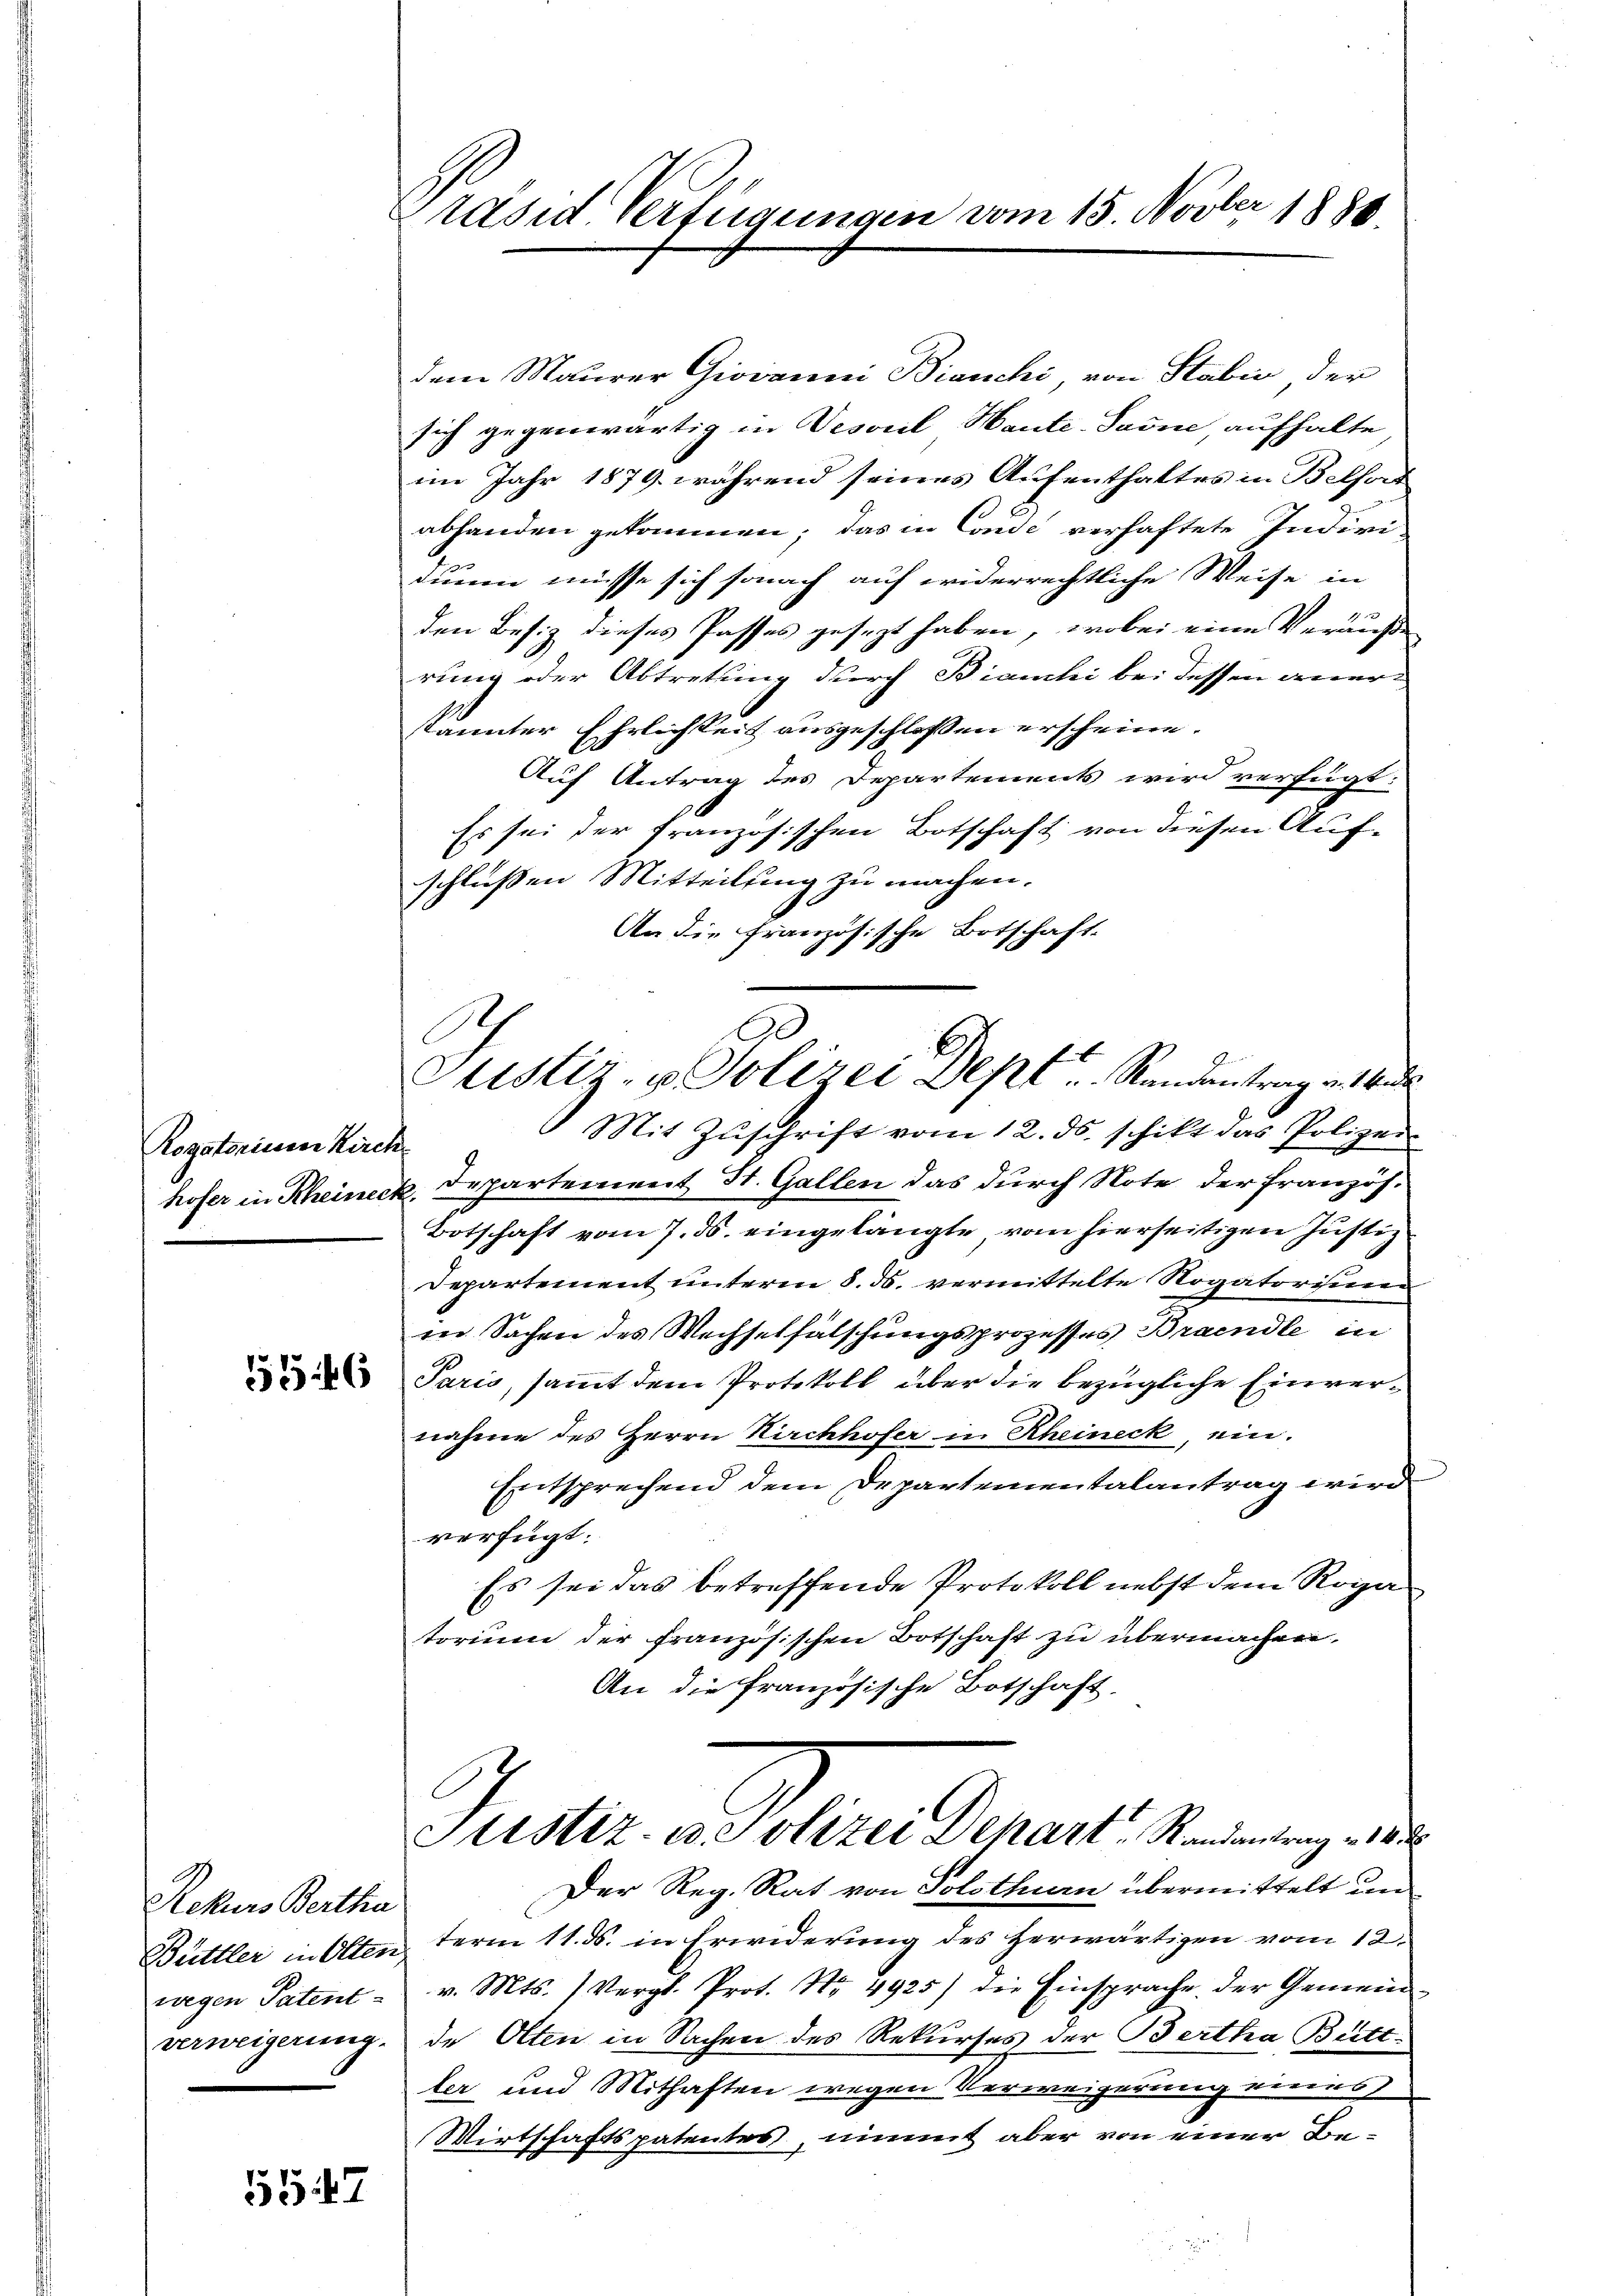
Rogatorissen Kirche
hofer in Rheineck.

Rekurs Bertha
wegen Patent-
verweigerung.

5

Präsid. Verfügungen vom 15. Novber 1886.

dem Maurer Giovanni Bianchi, von Stabić der
sich gegenwärtig in Desvril-Haute-Saine, aufhalte
im Jahr 1879 während seines Aufenthaltes in Belford
abhanden gekommen; das in Conde verhaftete Indivi-
duum müsse sich sonach auf widerrechtliche Weise in
4
den Besiz dieses Passes gesezt haben, wobei eine Veräuße
rung oder Abtretung durch Bianchi bei dessen anerkannter Ehrlichkeit ausgeschloßen erscheine.
Auf Antrag des Departements wird verfügt:
Es sei der französischen Botschaft von diesen Auf-
schlussen Mitteilung zu machen.
An die Französische Botschaft.
Justiz, u. Polizei Dept. Randentrag v. de
Mit Zŭschrift vom 12. ds. schikt das Polizei
Departement St. Gallen das durch Note der Französ.
Botschaft vom 7. ds. eingelangte vom hierseitigen Justiz
Departement unterm 8. ds. vermittelte Rogatorising
rer Sachen des Wechselfälschungsprozesses Brandle in
 Paris, samt dem Protokoll über die bezügliche Einvernahme des Herrn Kirchhofer in Rheineck, ein.
Entsprechend dem Departementalantrag wird
verfügt:
Es sei das betreffende Protokoll nebst dem Roga
torium der französischen Botschaft zu übermachen.
An die französische Botschaft,

Justiz- u. Polizei Depart Randantrag v. 188

Der Reg. Rat von Solothurn übermittelt un
Büttler in Olten term 11. ds. in Erwiderŭng des herwärtigen vom 12.
v. Mts. (Vergl. Prot. No. 4925) die Einsprache der Gemeinde Otten in Sachen des Rekurses der Bertha Büttter und Mithaften wegen Verweigerung eines
Wirtschaftspatentes, nimmt aber von einer Be¬